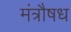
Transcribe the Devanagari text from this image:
मंत्रौषध